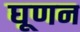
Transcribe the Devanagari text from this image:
घूणन